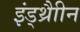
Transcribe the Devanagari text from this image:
इंड्थ्रैाीन